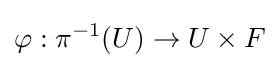
\varphi :\pi ^{-1}(U)\to U\times F